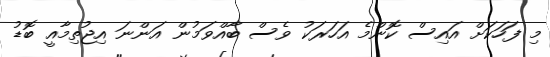
މި ފަހަކަށް އައިސް ކޮންމެ އަހަރަކު ވެސް ބާއްވަމުން އަންނަ އިޖުތިމާއީ ބޮޑު